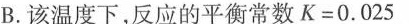
B.该温度下，反应的平衡常数$$K = 0 . 0 2 5$$